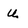
Character: U